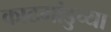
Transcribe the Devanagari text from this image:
काठमांडुच्या